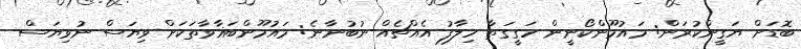
ބޮޑަށް ޔަގީންކުރަން: މައުމޫންކޯނީން ހަގީގަތާ ހިލާފު އެއްޗެއް ނުބުނާނެ: މައުމޫންބަޣާވާތަކަށް ވިޔަސް ނުވިޔަސް